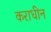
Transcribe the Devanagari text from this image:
कराधीन